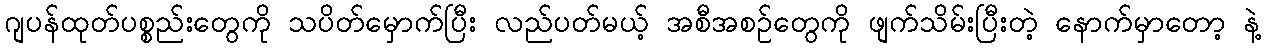
ဂျပန်ထုတ်ပစ္စည်းတွေကို သပိတ်မှောက်ပြီး လည်ပတ်မယ့် အစီအစဉ်တွေကို ဖျက်သိမ်းပြီးတဲ့ နောက်မှာတော့ နဲ့